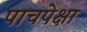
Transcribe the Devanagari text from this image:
पाचपेक्षा